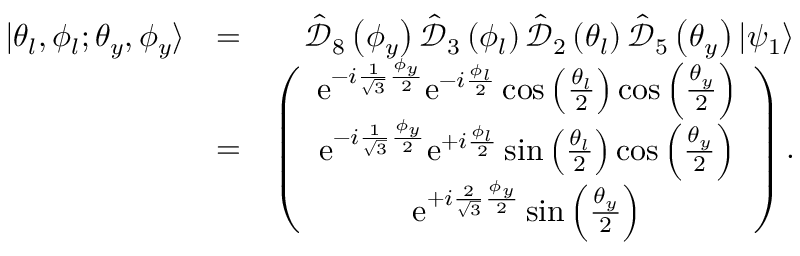
\begin{array} { r l r } { | \theta _ { l } , \phi _ { l } ; \theta _ { y } , \phi _ { y } \rangle } & { = } & { \hat { \mathcal D } _ { 8 } \left( \phi _ { y } \right) \hat { \mathcal D } _ { 3 } \left( \phi _ { l } \right) \hat { \mathcal D } _ { 2 } \left( \theta _ { l } \right) \hat { \mathcal D } _ { 5 } \left( \theta _ { y } \right) | \psi _ { 1 } \rangle } \\ & { = } & { \left( \begin{array} { c } { \mathrm { e } ^ { - i \frac { 1 } { \sqrt { 3 } } \frac { \phi _ { y } } { 2 } } \mathrm { e } ^ { - i \frac { \phi _ { l } } { 2 } } \cos \left( \frac { \theta _ { l } } { 2 } \right) \cos \left( \frac { \theta _ { y } } { 2 } \right) } \\ { \mathrm { e } ^ { - i \frac { 1 } { \sqrt { 3 } } \frac { \phi _ { y } } { 2 } } \mathrm { e } ^ { + i \frac { \phi _ { l } } { 2 } } \sin \left( \frac { \theta _ { l } } { 2 } \right) \cos \left( \frac { \theta _ { y } } { 2 } \right) } \\ { \mathrm { e } ^ { + i \frac { 2 } { \sqrt { 3 } } \frac { \phi _ { y } } { 2 } } \sin \left( \frac { \theta _ { y } } { 2 } \right) } \end{array} \right) . } \end{array}